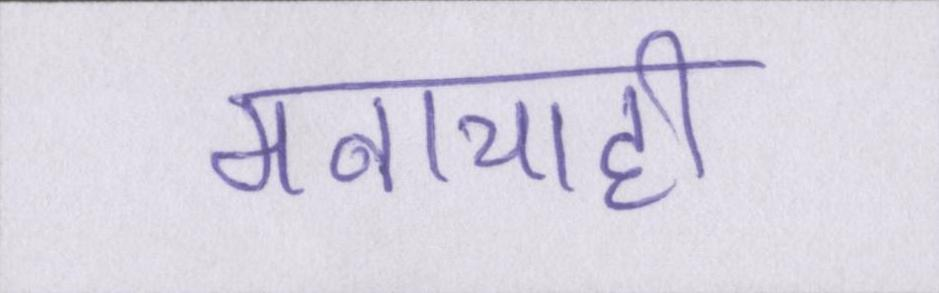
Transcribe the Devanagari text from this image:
मनाचाही